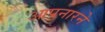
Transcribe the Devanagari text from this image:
आपनारने